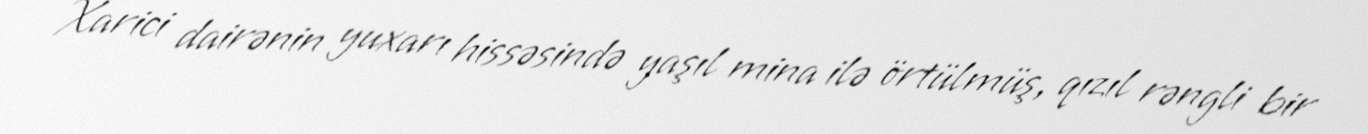
Xarici dairənin yuxarı hissəsində yaşıl mina ilə örtülmüş, qızıl rəngli bir